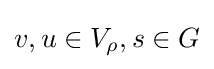
v,u\in V_{\rho },s\in G